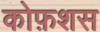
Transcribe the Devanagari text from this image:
कोफ़शस